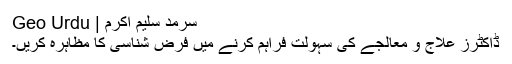
سرمد سلیم اکرم | Geo Urdu
ڈاکٹرز علاج و معالجے کی سہولت فراہم کرنے میں فرض شناسی کا مظاہرہ کریں۔